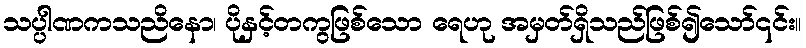
သပ္ပါဏကသညိနော၊ ပိုနှင့်တကွဖြစ်သော ရေဟု အမှတ်ရှိသည်ဖြစ်၍သော်၎င်း။